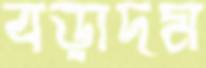
বড়াদম